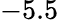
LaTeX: -5.5